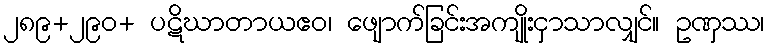
၂၈၉+၂၉၀+ ပဋိဃာတာယဧဝ၊ ဖျောက်ခြင်းအကျိုးငှာသာလျှင်။ ဥဏှဿ၊